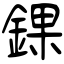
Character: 錁